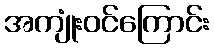
အကျုံးဝင်ကြောင်း